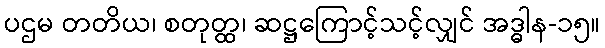
ပဌမ တတိယ၊ စတုတ္ထ၊ ဆဋ္ဌကြောင့်သင့်လျှင် အဒ္ဓါန-၁၅။